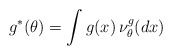
\begin{align*}g^*(\theta)=\int g(x)\,\nu^g_\theta(dx)\end{align*}